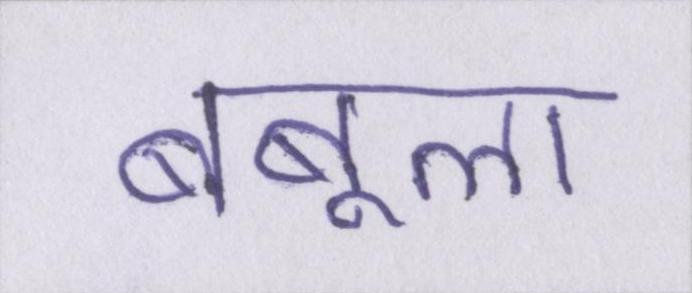
बबूला